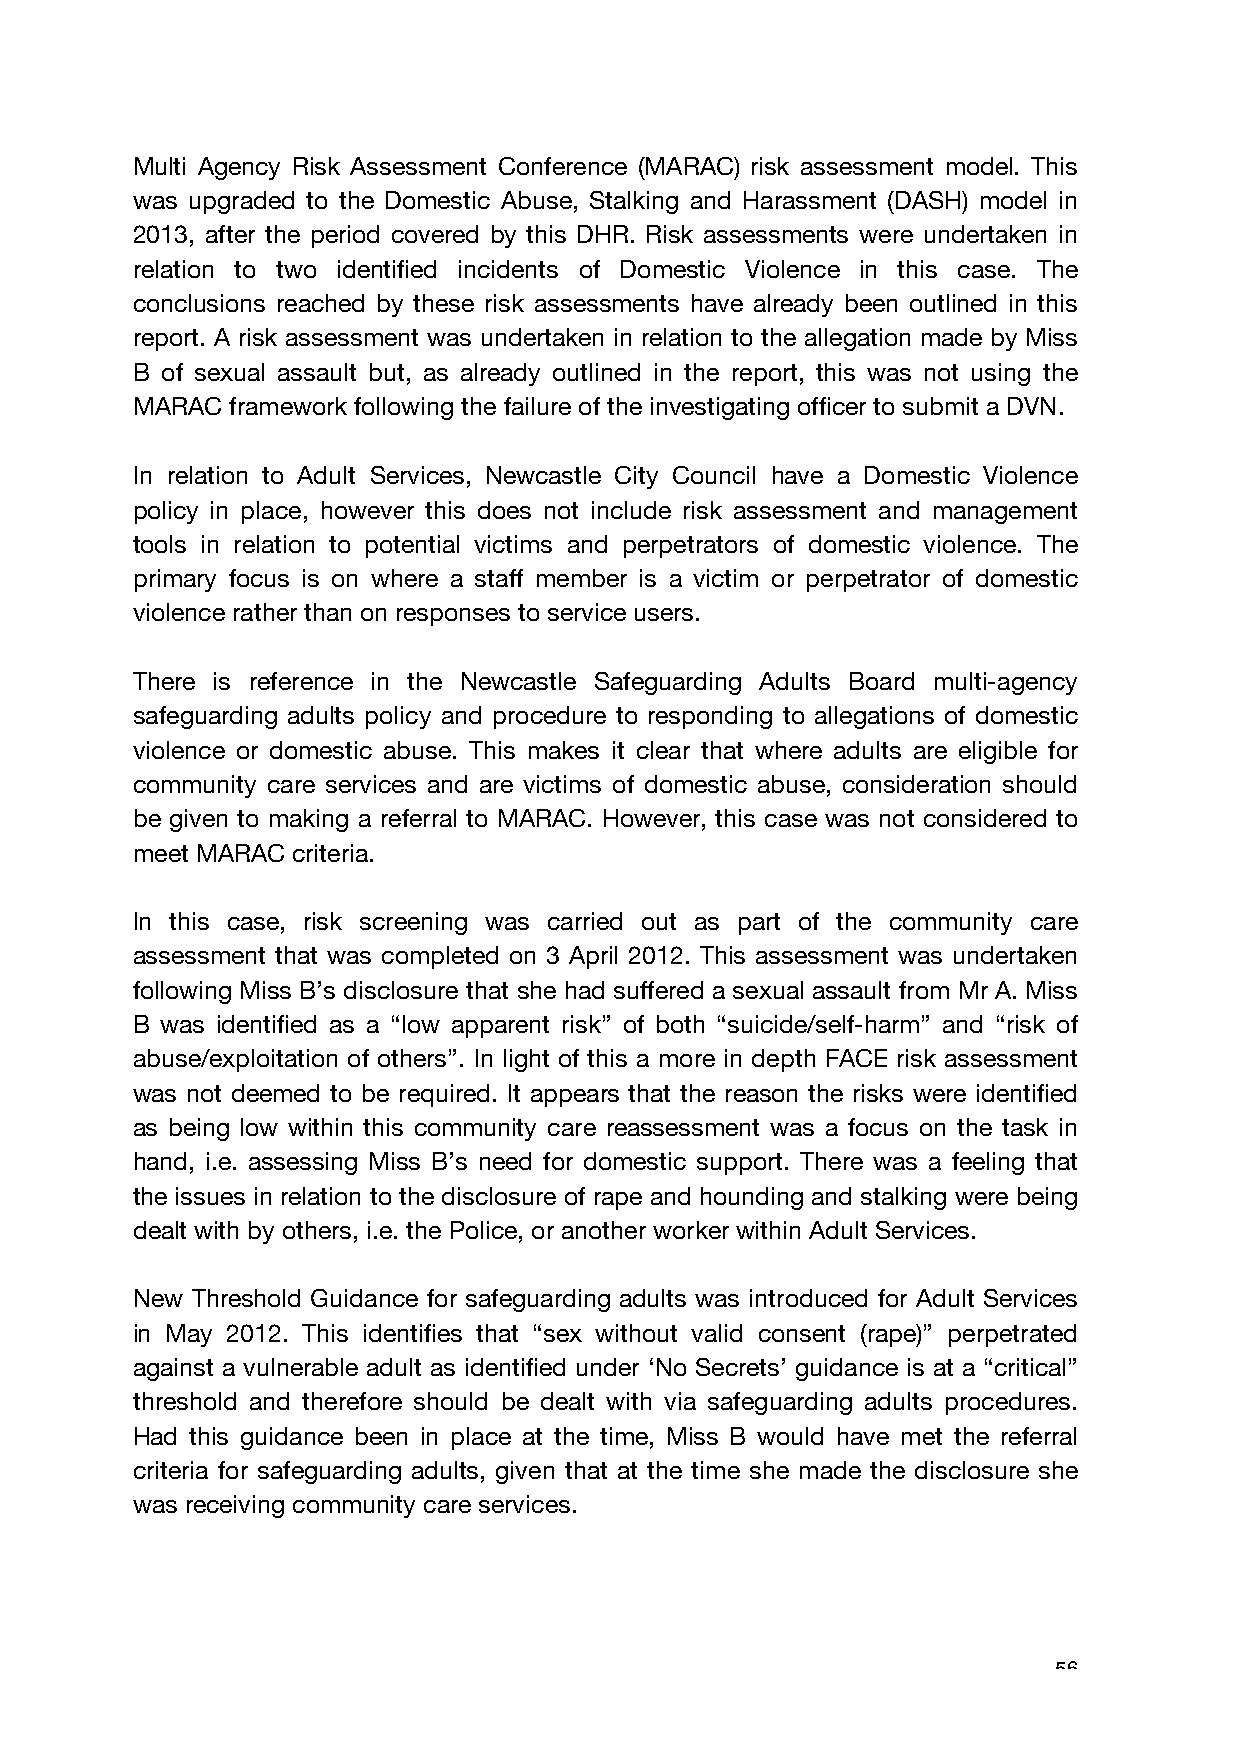
Multi Agency Risk Assessment Conference (MARAC) risk assessment model. This
 was upgraded to the Domestic Abuse, Stalking and Harassment (DASH) model in
 2013, after the period covered by this DHR. Risk assessments were undertaken in
 relation to two identified incidents of Domestic Violence in this case. The
 conclusions reached by these risk assessments have already been outlined in this
 report. A risk assessment was undertaken in relation to the allegation made by Miss
 B of sexual assault but, as already outlined in the report, this was not using the
 MARAC framework following the failure of the investigating officer to submit a DVN.
 In relation to Adult Services, Newcastle City Council have a Domestic Violence
 policy in place, however this does not include risk assessment and management
 tools in relation to potential victims and perpetrators of domestic violence. The
 primary focus is on where a staff member is a victim or perpetrator of domestic
 violence rather than on responses to service users.
 There is reference in the Newcastle Safeguarding Adults Board multi-agency
 safeguarding adults policy and procedure to responding to allegations of domestic
 violence or domestic abuse. This makes it clear that where adults are eligible for
 community care services and are victims of domestic abuse, consideration should
 be given to making a referral to MARAC. However, this case was not considered to
 meet MARAC criteria.
 In this case, risk screening was carried out as part of the community care
 assessment that was completed on 3 April 2012. This assessment was undertaken
 following Miss B’s disclosure that she had suffered a sexual assault from Mr A. Miss
 B was identified as a “low apparent risk” of both “suicide/self-harm” and “risk of
 abuse/exploitation of others”. In light of this a more in depth FACE risk assessment
 was not deemed to be required. It appears that the reason the risks were identified
 as being low within this community care reassessment was a focus on the task in
 hand, i.e. assessing Miss B’s need for domestic support. There was a feeling that
 the issues in relation to the disclosure of rape and hounding and stalking were being
 dealt with by others, i.e. the Police, or another worker within Adult Services.
 New Threshold Guidance for safeguarding adults was introduced for Adult Services
 in May 2012. This identifies that “sex without valid consent (rape)” perpetrated
 against a vulnerable adult as identified under ‘No Secrets’ guidance is at a “critical”
 threshold and therefore should be dealt with via safeguarding adults procedures.
 Had this guidance been in place at the time, Miss B would have met the referral
 criteria for safeguarding adults, given that at the time she made the disclosure she
 was receiving community care services.
 56